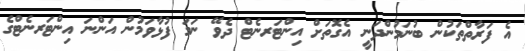
އެ ފަރާތްތަކުން ބުނަމުންދަނީ އެގޮތަށް އިންޓަރނެޓް ދެވޭ ނަމަ ފުޅާވަމުން އަންނަ އިންޓަރނެޓްގެ